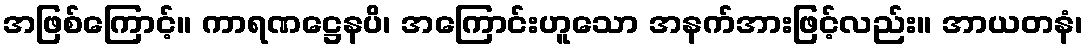
အဖြစ်ကြောင့်။ ကာရဏဋ္ဌေနပိ၊ အကြောင်းဟူသော အနက်အားဖြင့်လည်း။ အာယတနံ၊